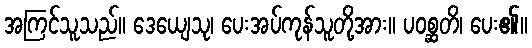
အကြင်သူသည်။ ဒေယျေသု၊ ပေးအပ်ကုန်သူတို့အား။ ပဝစ္ဆတိ၊ ပေး၏။